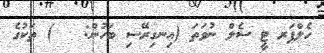
ހެލްޕަރ ޓީ ސެލް ނުވަތަ (އިނގިރޭސި ބަހުން:   ) ތަކުގެ